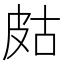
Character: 𤿛